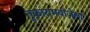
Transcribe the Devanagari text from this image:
तुकारामबीजेला